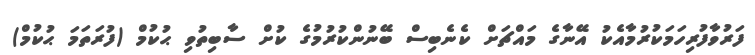
ފަރުވާފުރިހަމަކުރުމާއެކު އޭނާގެ މައްޗަށް ކެނެބިސް ބޭނުންކުރުމުގެ ކުށް ސާބިތުވި ޙުކުމް (ފުރަތަމަ ޙުކުމް)